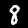
Label: 8